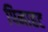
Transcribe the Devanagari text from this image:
पिनाहट